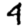
Digit: 4